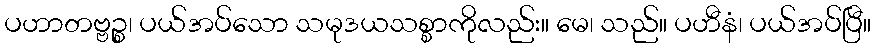
ပဟာတဗ္ဗဉ္စ၊ ပယ်အပ်သော သမုဒယသစ္စာကိုလည်း။ မေ၊ သည်။ ပဟီနံ၊ ပယ်အပ်ပြီ။